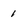
Character: 1